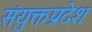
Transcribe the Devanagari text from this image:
संयुक्तप्रदेश